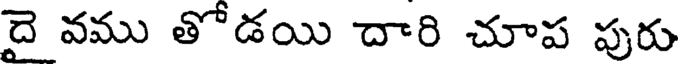
దై వము తోడయి దారి చూప పురు